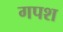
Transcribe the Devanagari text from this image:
गपश